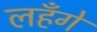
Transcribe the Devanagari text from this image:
लहँगे